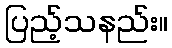
ပြည့်သနည်း။